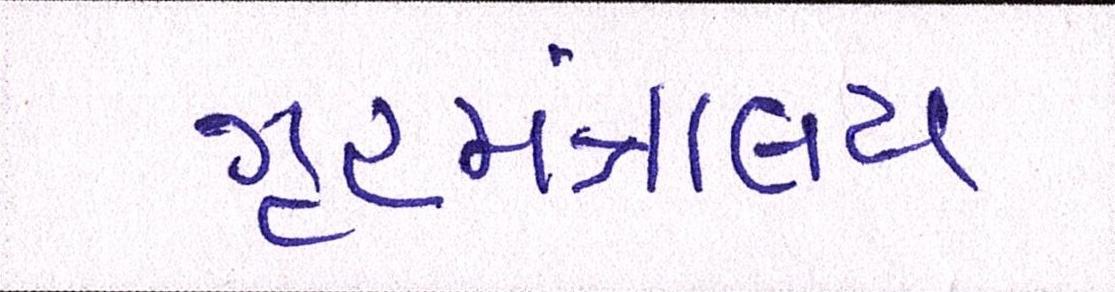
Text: ગૃહમંત્રાલય